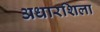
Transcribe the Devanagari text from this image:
अधारशिला